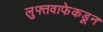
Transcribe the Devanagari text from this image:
लुफ्तवाफेकडून